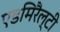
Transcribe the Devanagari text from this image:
एडमिरैल्टी